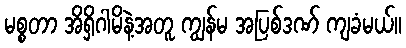
မစ္စတာ အိရှိဂါမိနဲ့အတူ ကျွန်မ အပြစ်ဒဏ် ကျခံမယ်။